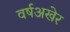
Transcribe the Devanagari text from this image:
वर्षअखेर